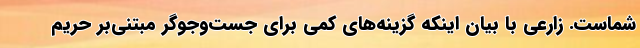
شماست. زارعی با بیان اینکه گزینه‌های کمی برای جست‌وجوگر مبتنی‌بر حریم